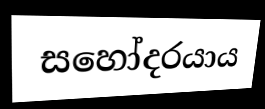
සහෝදරයාය